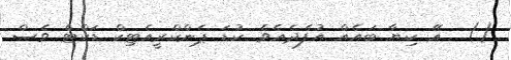
()  އޭ ކިޔާ ބައެއް އުފެދެއެވެ. ކުޑަ ޕެންކްރީއެޓިކް ޑަކްޓް ވެސް